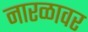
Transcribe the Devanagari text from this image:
नारळावर